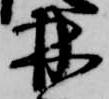
林